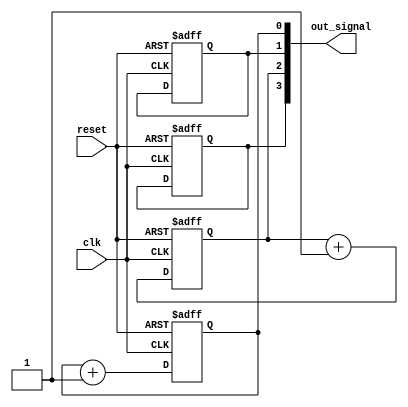
module behavioral_generate_loop #(
    parameter NUM_INSTANCES = 4
) (
    input wire clk,
    input wire reset,
    output reg [NUM_INSTANCES-1:0] out_signal
);

    // Generate variable
    genvar i;

    // Generate loop
    generate
        for (i = 0; i < NUM_INSTANCES; i = i + 1) begin : instance_loop
            // Each instance will have its own behavior
            always @(posedge clk or posedge reset) begin
                if (reset) begin
                    out_signal[i] <= 0; // Reset behavior
                end else begin
                    // Conditional logic to determine signal behavior
                    if (some_condition(i)) begin
                        out_signal[i] <= out_signal[i] + 1; // Increment signal
                    end else begin
                        out_signal[i] <= out_signal[i]; // Hold value
                    end
                end
            end
        end
    endgenerate

    // Example condition function (replace with actual logic)
    function some_condition(input integer index);
        begin
            // Placeholder for actual condition logic
            // For example, you might check the index value or some global state
            some_condition = (index % 2 == 0); // Condition based on index
        end
    endfunction

endmodule